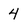
Character: 4